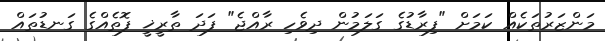
މަންޒަރުތަކެއް ކަމަށް "ފިރާޑުގެ ގަލަމުން ދިވެހި ރާއްޖެ" ފަދަ ތާރީޚީ ފޮތެއްގެ ގަނޑުތައް